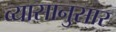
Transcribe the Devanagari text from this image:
व्यासानुसार